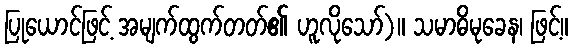
ပြုယောင်ဖြင့် အမျက်ထွက်တတ်၏ ဟူလိုသော်)။ သမာဓိမုခေန၊ ဖြင့်။